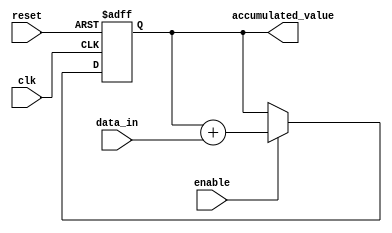
module accumulator (
    input wire clk,      // Clock input
    input wire reset,    // Reset input
    input wire enable,   // Enable input
    input wire [7:0] data_in,  // Input data to be accumulated
    output reg [15:0] accumulated_value // Output accumulated value
);

// Register storage element to hold accumulated value
reg [15:0] accumulator_reg;

// Process for accumulation
always @(posedge clk or posedge reset) begin
    if (reset) begin
        accumulator_reg <= 16'b0; // Reset accumulated value
    end else if (enable) begin
        accumulator_reg <= accumulator_reg + data_in; // Accumulate input data
    end
end

// Output accumulated value
assign accumulated_value = accumulator_reg;

endmodule